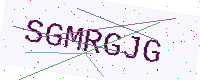
Text: SGMRGJG